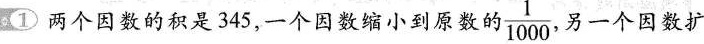
① 两个因数的积是345，一个因数缩小到原数的 \frac{1}{1000} .另一个因数扩